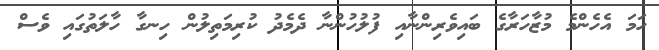
ހަމަ އެހެންމެ މުޒާހަރާގެ ބައިވެރިންނާއި ފުލުހުންނާ ދެމެދު ކުރިމަތިލުން ހިނގާ ހާލަތުގައި ވެސް